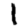
Digit: 1